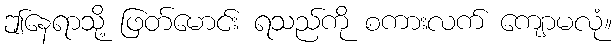
ဤနေရာသို့ ဖြတ်မောင်း ရသည်ကို စကားလက် ကျောမလုံ။